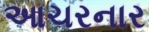
આચરનાર